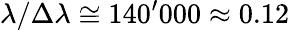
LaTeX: \lambda/\Delta\lambda\cong 140^{\prime}000\approx 0.12